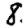
Digit: 8